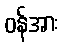
ဝန်အား